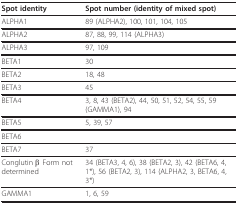
| Spot identity | Spot number (identity of mixed spot) |
 | --- | --- |
 | ALPHA1 | 89 (ALPHA2), 100, 101, 104, 105 |
 | ALPHA2 | 87, 88, 99, 114 (ALPHA3) |
 | ALPHA3 | 97, 109 |
 | BETA1 | 30 |
 | BETA2 | 18, 48 |
 | BETA3 | 45 |
 | BETA4 | 3, 8, 43 (BETA2), 44, 50, 51, 52, 54, 55, 59 (GAMMA1), 94 |
 | BETA5 | 5, 39, 57 |
 | BETA6 |  |
 | BETA7 | 37 |
 | Conglutin β Form not determined | 34 (BETA3, 4, 6), 38 (BETA2, 3), 42 (BETA6, 4, 1*), 56 (BETA2, 3), 114 (ALPHA2, 3, BETA6, 4, 3*) |
 | GAMMA1 | 1, 6, 59 |